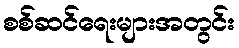
စစ်ဆင်ရေးများအတွင်း